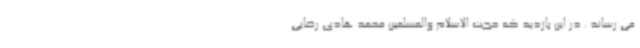
می رساند . در این بازدید که حجت الاسلام والمسلمین محمد هادی رضایی